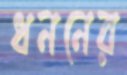
ধননের